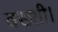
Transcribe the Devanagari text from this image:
बख्शी।